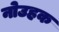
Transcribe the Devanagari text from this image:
नोउहक